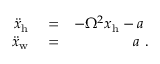
\begin{array} { r l r } { \ddot { x } _ { \mathrm { h } } } & { { } = } & { - \Omega ^ { 2 } x _ { \mathrm { h } } - a ~ } \\ { \ddot { x } _ { \mathrm { w } } } & { { } = } & { a ~ . } \end{array}